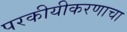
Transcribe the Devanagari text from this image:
परकीयीकरणाचा